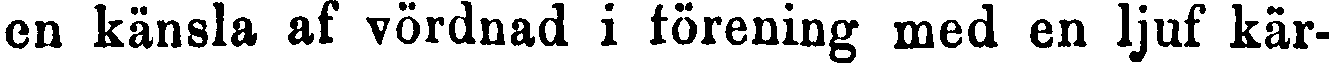
en känsla af vördnad i förening med en ljuf kär-